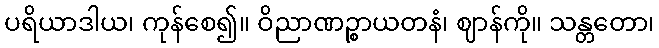
ပရိယာဒါယ၊ ကုန်စေ၍။ ဝိညာဏဉ္စာယတနံ၊ ဈာန်ကို။ သန္တတော၊